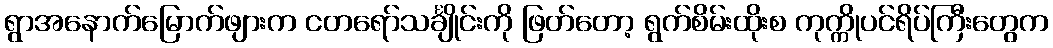
ရွာအနောက်မြောက်ဖျားက ငတရော်သင်္ချိုင်းကို ဖြတ်တော့ ရွက်စိမ်းထိုးစ ကုက္ကိုပင်ရိပ်ကြီးတွေက